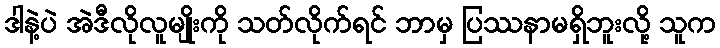
ဒါနဲ့ပဲ အဲဒီလိုလူမျိုးကို သတ်လိုက်ရင် ဘာမှ ပြဿနာမရှိဘူးလို့ သူက